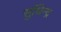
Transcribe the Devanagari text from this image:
सुधिन्द्र